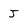
Character: J